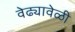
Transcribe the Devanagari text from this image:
वेढ्यावेळी